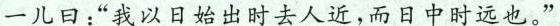
一儿日：”我以日始出时去人近，而日中时远也。”